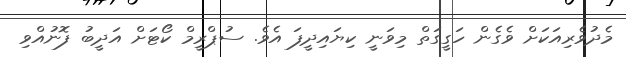
މެދުވެރިއަކަށް ވެގެން ހަގީގަތް މިވަނީ ކިޔައިދީފަ އެވެ. ސުޕްރީމް ކޯޓަށް އަދީބު ފޮނުއްވި